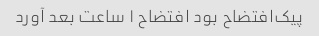
پیک‌افتضاح بود افتضاح ۱ ساعت بعد آورد